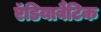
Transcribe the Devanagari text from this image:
ऍडियाबैटिक